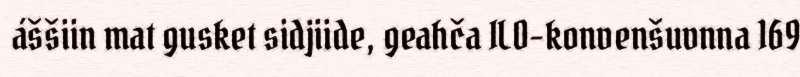
áššiin mat gusket sidjiide, geahča ILO-konvenšuvnna 169